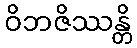
ဝိဘဇိဿန္တိ